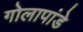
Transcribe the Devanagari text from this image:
गोलापांडे